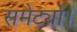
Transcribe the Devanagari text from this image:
समेट्यो।